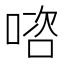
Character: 𭉊